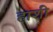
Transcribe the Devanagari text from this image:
हाशी